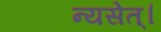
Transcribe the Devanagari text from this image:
न्यसेत्‌।